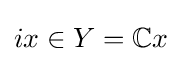
ix\in Y=\mathbb {C} x